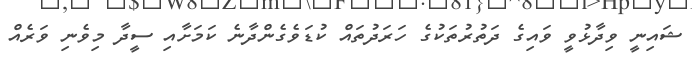
ޝައިނީ ވިދާޅުވީ ވައިގެ ދަތުރުތަކުގެ ހަރަދުތައް ކުޑަވެގެންދާނެ ކަމަށާއި ސީދާ މިވެނި ވަރެއް